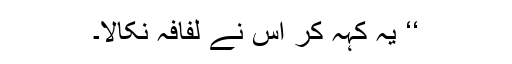
‘‘ یہ کہہ کر اس نے لفافہ نکالا۔